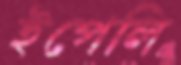
ইপেলি